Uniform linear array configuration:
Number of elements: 48
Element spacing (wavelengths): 0.75
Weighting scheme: binomial
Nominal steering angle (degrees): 60
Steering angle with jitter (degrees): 59.037
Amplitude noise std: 0.05
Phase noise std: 0.05

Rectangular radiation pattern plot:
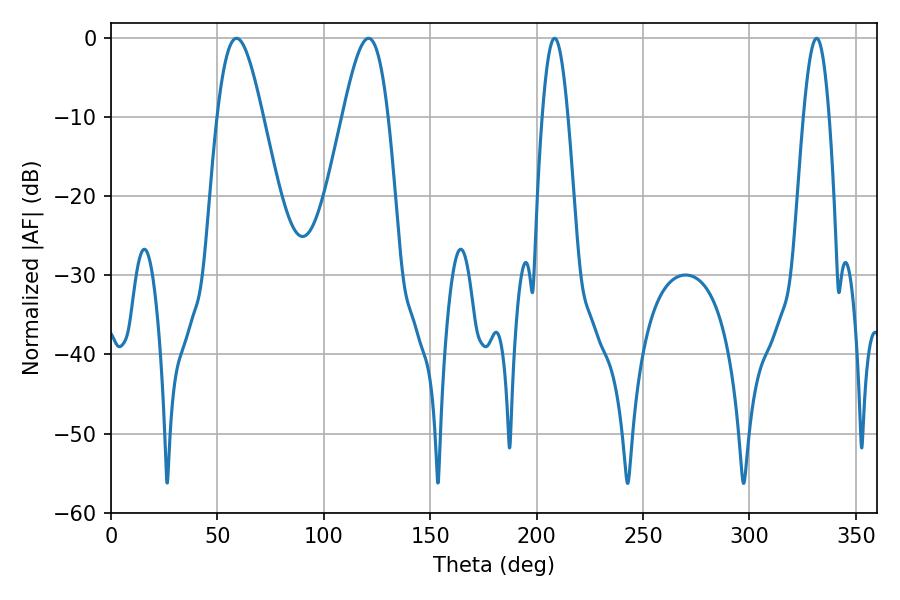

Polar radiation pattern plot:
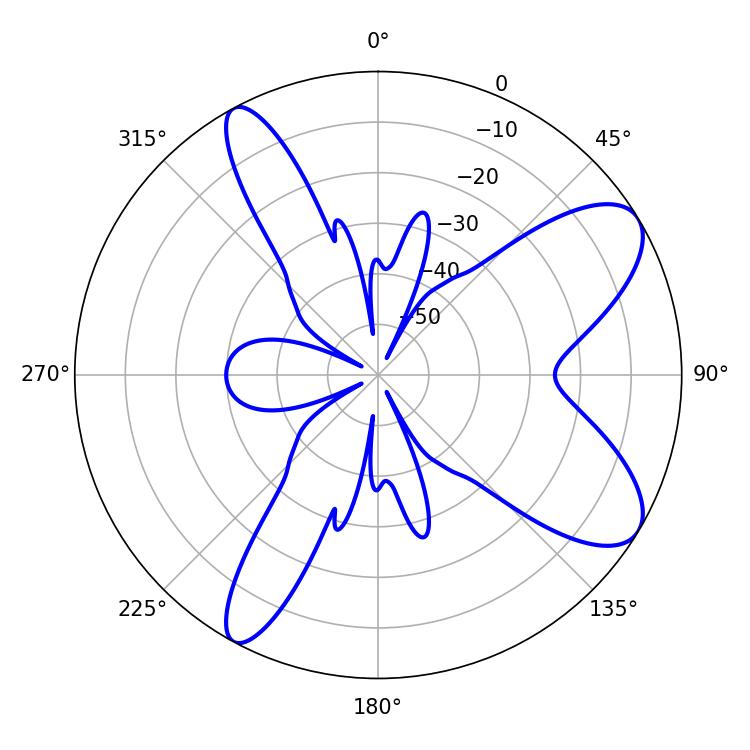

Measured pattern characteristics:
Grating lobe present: TRUE
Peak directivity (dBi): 8.827
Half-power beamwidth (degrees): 6.48
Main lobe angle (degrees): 208.44